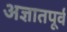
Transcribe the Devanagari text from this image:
अज्ञातपूर्व